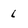
Character: l